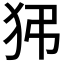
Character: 𤝠